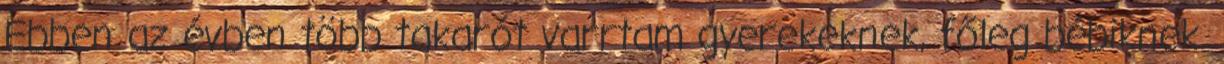
Ebben az évben több takarót varrtam gyerekeknek, főleg bébiknek.